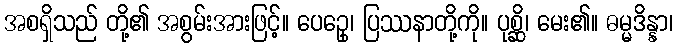
အစရှိသည် တို့၏ အစွမ်းအားဖြင့်။ ပေဥှေ၊ ပြဿနာတို့ကို။ ပုစ္ဆိ၊ မေး၏။ ဓမ္မဒိန္နာ၊